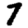
Digit: 7